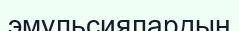
эмульсиялардың